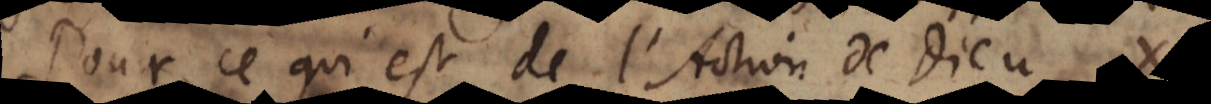
Pour ce qui est de l’Action de Dieu